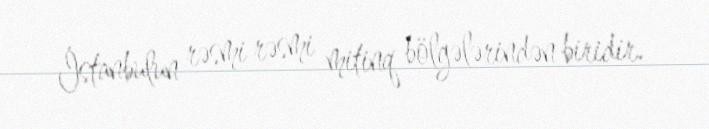
İstanbulun rəsmi rəsmi mitinq bölgələrindən biridir.